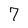
Character: 7